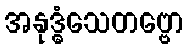
အနုဒ္ဓံသေတဗ္ဗော